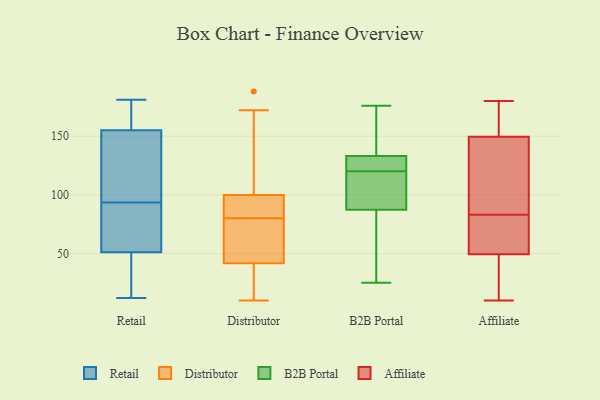
{"axis": {"x": "Conversion Rate (%)", "y": "Value"}, "legend": ["Affiliate", "B2B Portal", "Distributor", "Retail"], "data": [{"x": "", "y": 59, "type": "Retail"}, {"x": "", "y": 170, "type": "Retail"}, {"x": "", "y": 159, "type": "Retail"}, {"x": "", "y": 12, "type": "Retail"}, {"x": "", "y": 34, "type": "Retail"}, {"x": "", "y": 53, "type": "Retail"}, {"x": "", "y": 139, "type": "Retail"}, {"x": "", "y": 177, "type": "Retail"}, {"x": "", "y": 151, "type": "Retail"}, {"x": "", "y": 30, "type": "Retail"}, {"x": "", "y": 98, "type": "Retail"}, {"x": "", "y": 44, "type": "Retail"}, {"x": "", "y": 181, "type": "Retail"}, {"x": "", "y": 181, "type": "Retail"}, {"x": "", "y": 110, "type": "Retail"}, {"x": "", "y": 52, "type": "Retail"}, {"x": "", "y": 89, "type": "Retail"}, {"x": "", "y": 73, "type": "Retail"}, {"x": "", "y": 50, "type": "Retail"}, {"x": "", "y": 133, "type": "Retail"}, {"x": "", "y": 100, "type": "Distributor"}, {"x": "", "y": 85, "type": "Distributor"}, {"x": "", "y": 34, "type": "Distributor"}, {"x": "", "y": 65, "type": "Distributor"}, {"x": "", "y": 80, "type": "Distributor"}, {"x": "", "y": 10, "type": "Distributor"}, {"x": "", "y": 99, "type": "Distributor"}, {"x": "", "y": 76, "type": "Distributor"}, {"x": "", "y": 188, "type": "Distributor"}, {"x": "", "y": 172, "type": "Distributor"}, {"x": "", "y": 34, "type": "Distributor"}, {"x": "", "y": 120, "type": "B2B Portal"}, {"x": "", "y": 120, "type": "B2B Portal"}, {"x": "", "y": 176, "type": "B2B Portal"}, {"x": "", "y": 103, "type": "B2B Portal"}, {"x": "", "y": 43, "type": "B2B Portal"}, {"x": "", "y": 135, "type": "B2B Portal"}, {"x": "", "y": 43, "type": "B2B Portal"}, {"x": "", "y": 169, "type": "B2B Portal"}, {"x": "", "y": 82, "type": "B2B Portal"}, {"x": "", "y": 109, "type": "B2B Portal"}, {"x": "", "y": 25, "type": "B2B Portal"}, {"x": "", "y": 123, "type": "B2B Portal"}, {"x": "", "y": 141, "type": "B2B Portal"}, {"x": "", "y": 124, "type": "B2B Portal"}, {"x": "", "y": 127, "type": "B2B Portal"}, {"x": "", "y": 149, "type": "Affiliate"}, {"x": "", "y": 130, "type": "Affiliate"}, {"x": "", "y": 151, "type": "Affiliate"}, {"x": "", "y": 40, "type": "Affiliate"}, {"x": "", "y": 41, "type": "Affiliate"}, {"x": "", "y": 180, "type": "Affiliate"}, {"x": "", "y": 75, "type": "Affiliate"}, {"x": "", "y": 163, "type": "Affiliate"}, {"x": "", "y": 10, "type": "Affiliate"}, {"x": "", "y": 52, "type": "Affiliate"}, {"x": "", "y": 54, "type": "Affiliate"}, {"x": "", "y": 83, "type": "Affiliate"}, {"x": "", "y": 123, "type": "Affiliate"}]}